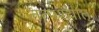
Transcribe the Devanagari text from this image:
तत्‍पश्‍चात्